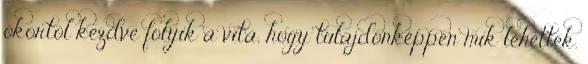
ókortól kezdve folyik a vita, hogy tulajdonképpen mik lehettek.